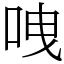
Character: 㖂